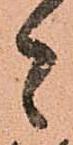
者